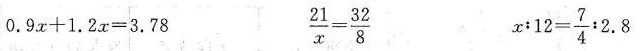
$$0 . 9 x + 1 . 2 x = 3 . 7 8$$ $$\frac { 2 1 } { x } = \frac { 3 2 } { 8 }$$ $$x : 1 2 = \frac { 7 } { 4 } : 2 . 8$$